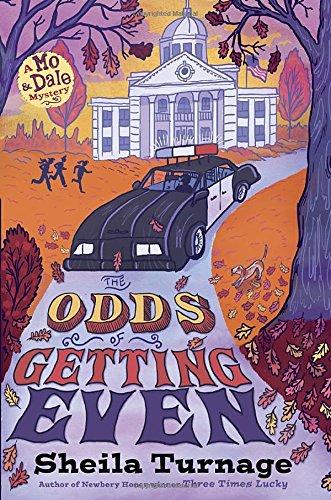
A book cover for The Odds of Getting Even; Sheila Turnage; Children's Books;